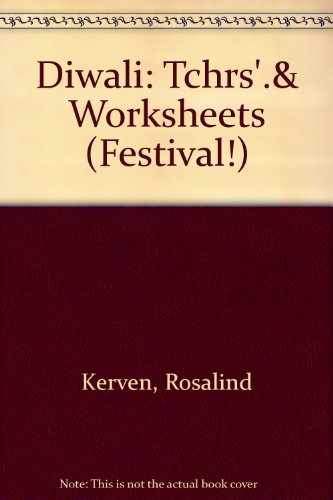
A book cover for Diwali: Tchrs'.& Worksheets (Festival!); Rosalind Kerven; Children's Books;